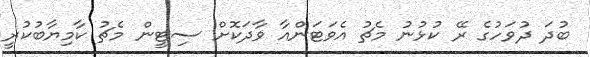
ބުދަ ދުވަހުގެ ރޭ ކުޅުނު މެޗު އެވަޓަންއާ ވާދަކޮށް ސިޓީން މެޗު ކާމިޔާބުކުރީ